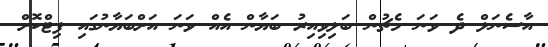
އާސެނަލް ދެ ވަނަ މެޗުން ބަލިވިއިރު ބަޔާން އެއް ވަނަ އަށްބަޔާނުގައި ފިޓްކޮށް